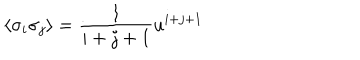
LaTeX: \langle \sigma _ { i } \sigma _ { j } \rangle = \frac { 1 } { i + j + 1 } u ^ { i + j + 1 }